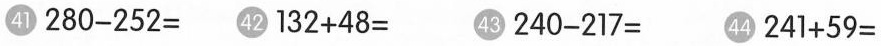
㊶$$2 8 0 - 2 5 2 =$$ ㊷$$1 3 2 + 4 8 =$$ ㊸$$2 4 0 - 2 1 7 =$$ ㊹$$2 4 1 + 5 9 =$$